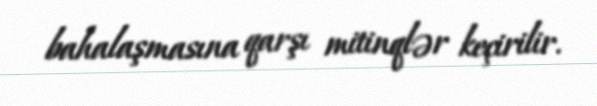
bahalaşmasına qarşı mitinqlər keçirilir.